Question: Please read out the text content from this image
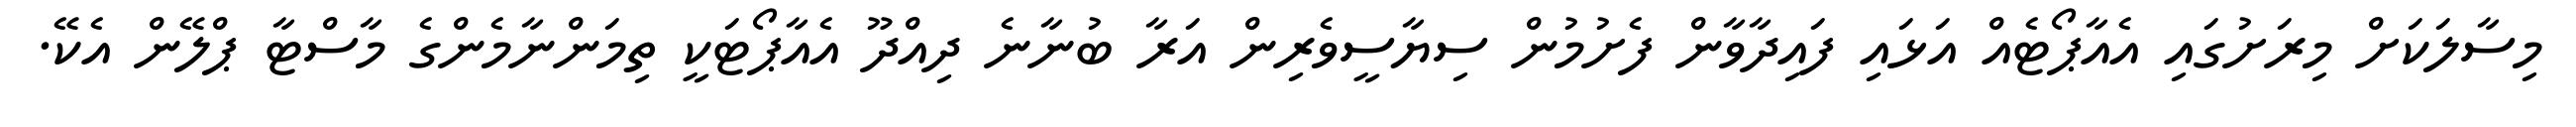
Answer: މިސާލަކަށް މިރަށުގައި އެއާޕޯޓެއް އަޅައި ފައިދާވާން ފެށުމުން ސިޔާސީވެރިން އަރާ ބުނާނެ ދިއްދޫ އެއާޕޯޓަކީ ތިމަންނާމެންގެ މާސްޓާ ޕްލޭން އެކޭ.